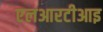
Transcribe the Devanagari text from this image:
एलआरटीआइ